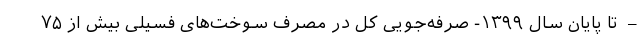
– تا پایان سال ۱۳۹۹- صرفه‌جویی کل در مصرف سوخت‌های فسیلی بیش از ۷۵